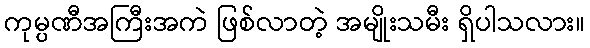
ကုမ္ပဏီအကြီးအကဲ ဖြစ်လာတဲ့ အမျိုးသမီး ရှိပါသလား။